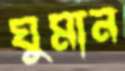
ঘুমান